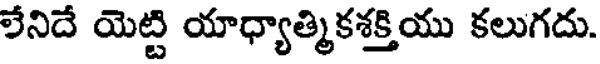
లేనిదే యెట్టి యాధ్యాత్మికశక్తియు కలుగదు.